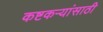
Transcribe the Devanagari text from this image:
कष्टकर्‍यांसाठी